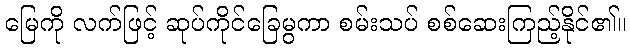
မြေကို လက်ဖြင့် ဆုပ်ကိုင်ခြေမွကာ စမ်းသပ် စစ်ဆေးကြည့်နိုင်၏။